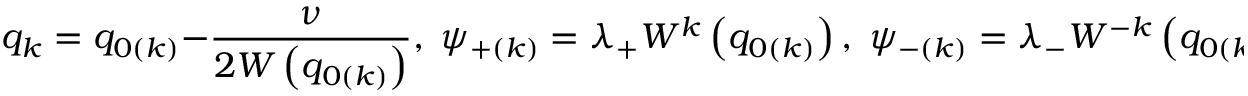
q _ { k } = q _ { 0 \left( k \right) } - \frac \nu { 2 W \left( q _ { 0 \left( k \right) } \right) } , \; \psi _ { + \left( k \right) } = \lambda _ { + } W ^ { k } \left( q _ { 0 \left( k \right) } \right) , \; \psi _ { - \left( k \right) } = \lambda _ { - } W ^ { - k } \left( q _ { 0 \left( k \right) } \right) ,